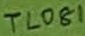
Text: TL081